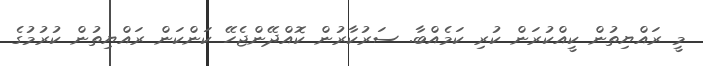
މީ ރައްޔިތުން ކީއްކުރަން ކުރި ކަމެއްބާ. ސަރުކާރުން ކޮއްދޭންޖެހޭ ކަންކަން ރައްޔިތުން ކުރުމުގެ